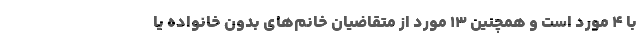
با ۴ مورد است و همچنین ۱۳ مورد از متقاضیان خانم‌های بدون خانواده یا